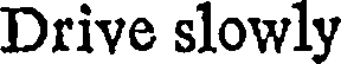
Drive slowly